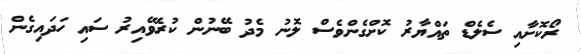
ރޯކޮށާއި ސެލެޑް ތައްޔާރު ކޮށްގެންވެސް ލޮނު މެދު ބޭނުން ކުރެވޭއިރު ސައި ހަދައިގެން